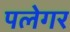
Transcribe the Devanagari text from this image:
पलेगर